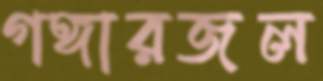
গঙ্গারজল